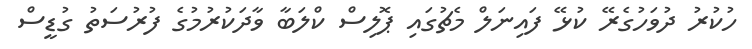
ހުކުރު ދުވަހުގެރޭ ކުޅޭ ފައިނަލް މެޗުގައި ޕޮލިސް ކްލަބާ ވާދަކުރުމުގެ ފުރުސަތު ގުޑީސް